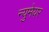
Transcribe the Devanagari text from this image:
न्युमेयर